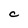
Character: C